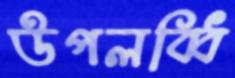
উপলব্ধি